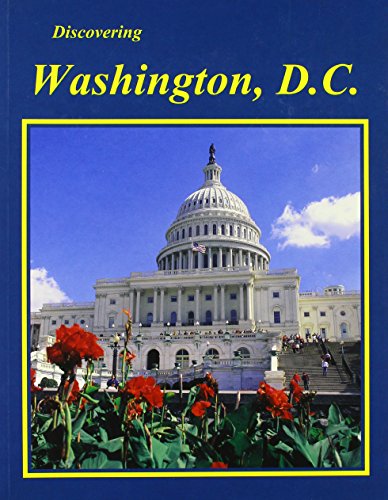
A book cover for Discovering Washington, D.C.; R. R. Galliher; Travel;